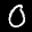
Label: 0